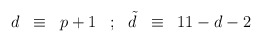
\begin{align*}\begin{array}{ccccccc} d & \equiv & p+1 & ; & {\tilde d} & \equiv & 11 - d -2 \\\end{array}\end{align*}